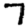
Digit: 7